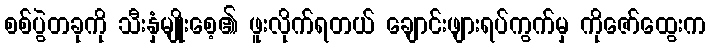
စစ်ပွဲတခုကို သီးနှံမျိုးစေ့၏ ဖူးလိုက်ရတယ် ချောင်းဖျားရပ်ကွက်မှ ကိုဇော်ထွေးက